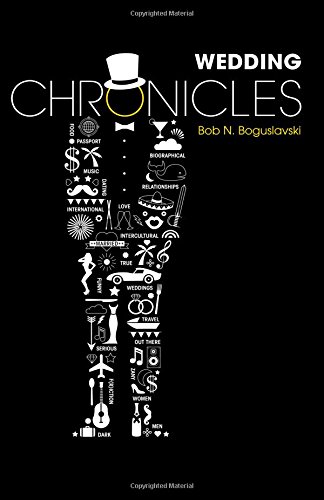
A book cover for Wedding Chronicles (Volume 1); Bob N. Boguslavski; Literature & Fiction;